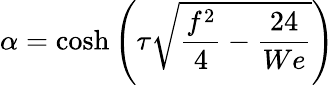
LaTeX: \alpha=\cosh\left(\tau\sqrt{\frac{f^{2}}{4}-\frac{24}{We}}\right)